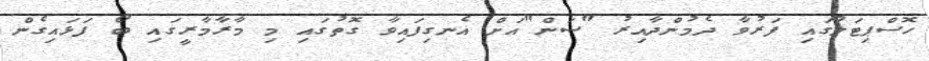
ހޮސްޕިޓަލުގައި ފަރުވާ ދެމުންދާއިރު "ސަން"އަށް އެނގިފައިވާ ގޮތުގައި މި މާރާމާރީގައި ބޯ ފަޅައިގެން